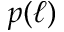
p ( \ell )